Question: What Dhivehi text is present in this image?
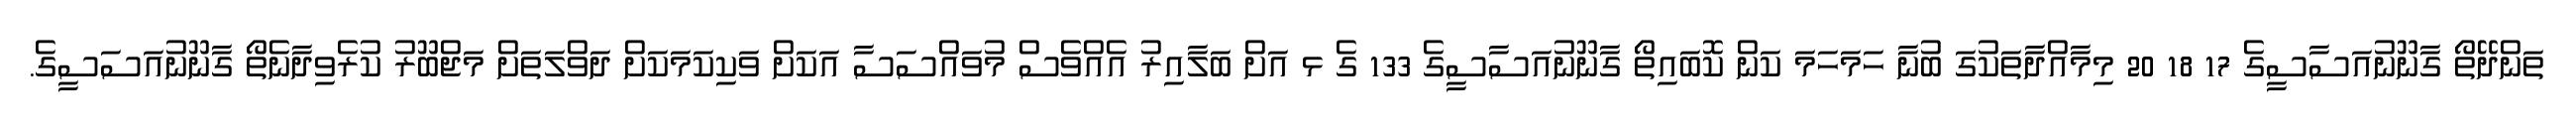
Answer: ތަންދޭތޯ ގާނޫނުއަސާސީގެ 17 18 20 މިމާއްދާތަކުގަ ބުނާ ހަމަހަމަ ކަން ކޮބައިތޯ ގާނޫނުއަސާސީގެ 133 ގެ ޅ އަށް ބަލާއިރު އެއްވެސް މުވައްސަސާ އަކަށް ވަކިކަމަކަށް ދަވްލަތަށް މަޖްބޫރު ކުރެވިދާނެތޯ ގާނޫނުއަސަސީގެ.